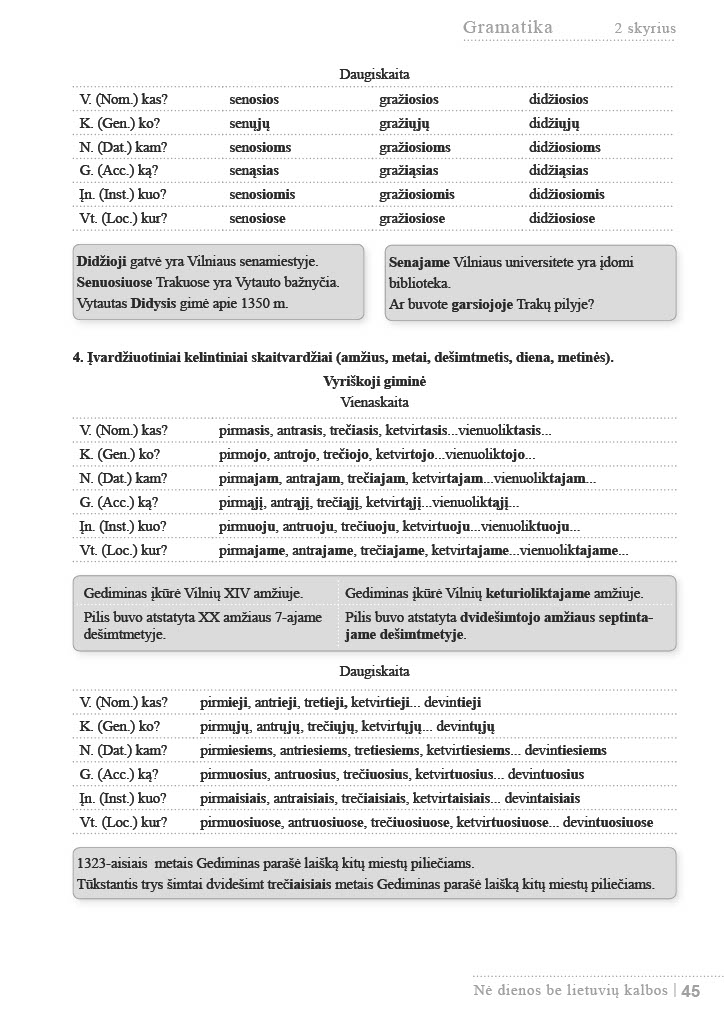
Language: lt